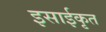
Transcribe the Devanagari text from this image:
इसाईकृत